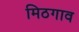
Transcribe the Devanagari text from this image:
मिठगाव